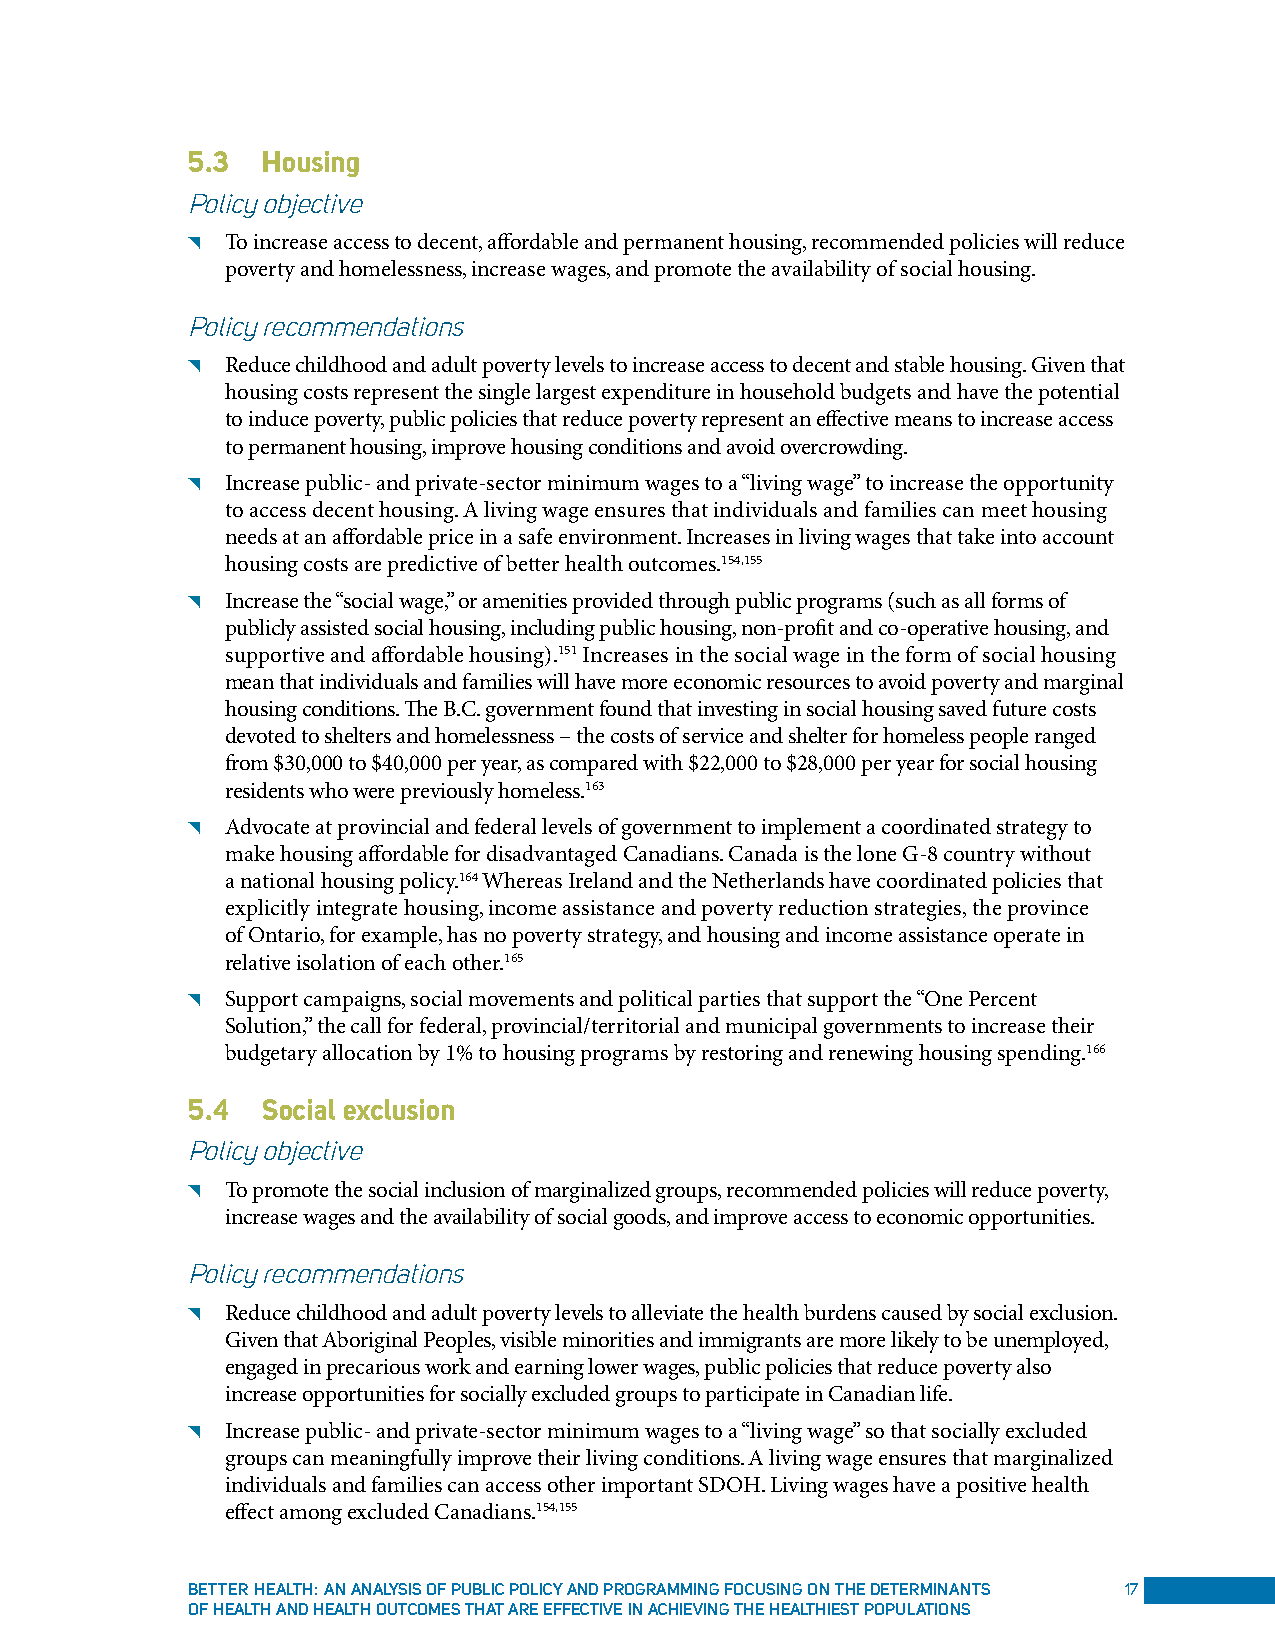
5.3  Housing
 Policy objective
 ◥  To increase access to decent, affordable and permanent housing, recommended policies will reduce
 poverty and homelessness, increase wages, and promote the availability of social housing.
 Policy recommendations
 ◥  Reduce childhood and adult poverty levels to increase access to decent and stable housing. Given that
 housing costs represent the single largest expenditure in household budgets and have the potential
 to induce poverty, public policies that reduce poverty represent an effective means to increase access
 to permanent housing, improve housing conditions and avoid overcrowding.
 ◥  Increase public- and private-sector minimum wages to a “living wage” to increase the opportunity
 to access decent housing. A living wage ensures that individuals and families can meet housing
 needs at an affordable price in a safe environment. Increases in living wages that take into account
 housing costs are predictive of better health outcomes.154,155
 ◥  Increase the “social wage,” or amenities provided through public programs (such as all forms of
 publicly assisted social housing, including public housing, non-profit and co-operative housing, and
 supportive and affordable housing).151 Increases in the social wage in the form of social housing
 mean that individuals and families will have more economic resources to avoid poverty and marginal
 housing conditions. The B.C. government found that investing in social housing saved future costs
 devoted to shelters and homelessness – the costs of service and shelter for homeless people ranged
 from $30,000 to $40,000 per year, as compared with $22,000 to $28,000 per year for social housing
 residents who were previously homeless.163
 ◥  Advocate at provincial and federal levels of government to implement a coordinated strategy to
 make housing affordable for disadvantaged Canadians. Canada is the lone G-8 country without
 a national housing policy.164 Whereas Ireland and the Netherlands have coordinated policies that
 explicitly integrate housing, income assistance and poverty reduction strategies, the province
 of Ontario, for example, has no poverty strategy, and housing and income assistance operate in
 relative isolation of each other.165
 ◥  Support campaigns, social movements and political parties that support the “One Percent
 Solution,” the call for federal, provincial/territorial and municipal governments to increase their
 budgetary allocation by 1% to housing programs by restoring and renewing housing spending.166
 5.4  social exclusion
 Policy objective
 ◥  To promote the social inclusion of marginalized groups, recommended policies will reduce poverty,
 increase wages and the availability of social goods, and improve access to economic opportunities.
 Policy recommendations
 ◥  Reduce childhood and adult poverty levels to alleviate the health burdens caused by social exclusion.
 Given that Aboriginal Peoples, visible minorities and immigrants are more likely to be unemployed,
 engaged in precarious work and earning lower wages, public policies that reduce poverty also
 increase opportunities for socially excluded groups to participate in Canadian life.
 ◥  Increase public- and private-sector minimum wages to a “living wage” so that socially excluded
 groups can meaningfully improve their living conditions. A living wage ensures that marginalized
 individuals and families can access other important SDOH. Living wages have a positive health
 effect among excluded Canadians.154,155
 Better HealtH: an analySiS oF puBliC poliCy and programming FoCuSing on tHe determinantS 17
 oF HealtH and HealtH outComeS tHat are eFFeCtive in aCHieving tHe HealtHieSt populationS